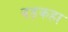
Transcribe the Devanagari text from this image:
बड़कहा